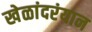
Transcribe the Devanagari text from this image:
खेळांदरंयान